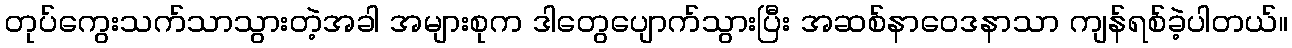
တုပ်ကွေးသက်သာသွားတဲ့အခါ အများစုက ဒါတွေပျောက်သွားပြီး အဆစ်နာဝေဒနာသာ ကျန်ရစ်ခဲ့ပါတယ်။